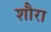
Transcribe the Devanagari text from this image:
शौरा